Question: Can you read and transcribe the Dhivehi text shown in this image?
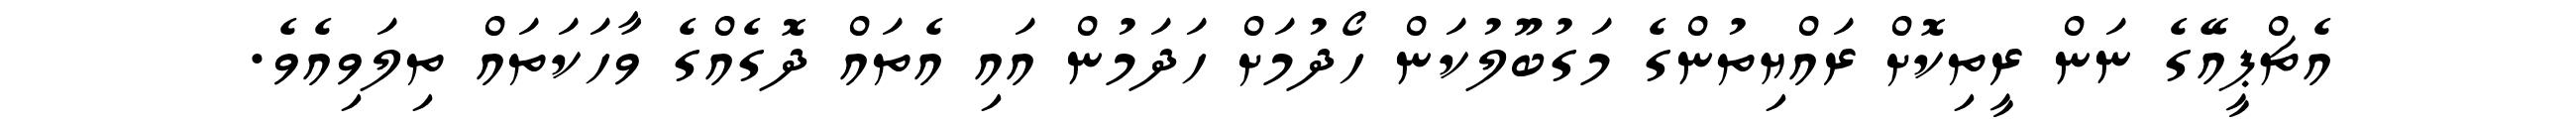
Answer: އެޗްޕީއޭގެ ނަން ރީތިކޮށް ރައްޔިތުންގެ މަގުބޫލުކަން ހޯދުމަށް ހަދަމުން އައި އެތައް ދޮގެއްގެ ވާހަކަތައް ތިލަވިއެވެ.